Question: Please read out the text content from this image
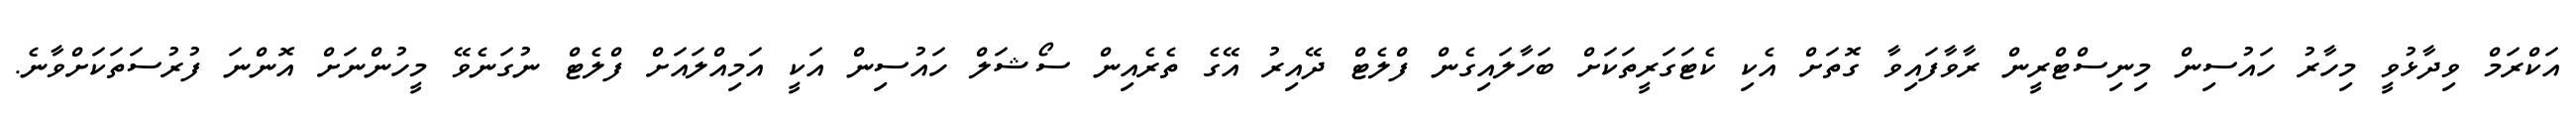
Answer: އަކްރަމް ވިދާޅުވީ މިހާރު ހައުސިން މިނިސްޓްރީން ރާވާފައިވާ ގޮތަށް އެކި ކެޓަގަރީތަކަށް ބަހާލައިގެން ފްލެޓް ދޭއިރު އޭގެ ތެރެއިން ސޯޝަލް ހައުސިން އަކީ އަމިއްލައަށް ފްލެޓް ނުގަނެވޭ މީހުންނަށް އޮންނަ ފުރުސަތަކަށްވާނެ.